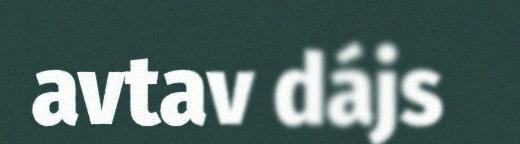
avtav dájs